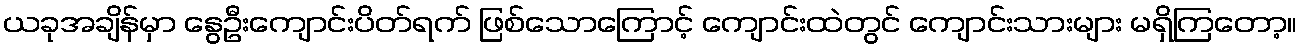
ယခုအချိန်မှာ နွေဦးကျောင်းပိတ်ရက် ဖြစ်သောကြောင့် ကျောင်းထဲတွင် ကျောင်းသားများ မရှိကြတော့။